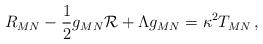
LaTeX: \begin{align*}R_{MN} -{1\over 2}g_{MN}{\cal R}+\Lambda g_{MN}= \kappa^2 T_{MN}\,,\end{align*}